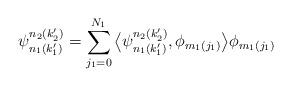
LaTeX: \begin{gather*}\psi_{n_1(k_1')}^{n_2(k_2')}=\sum_{j_1=0}^{N_1}\big\langle \psi_{n_1(k_1')}^{n_2(k_2')},\phi_{m_1(j_1)}\big\rangle \phi_{m_1(j_1)}\end{gather*}